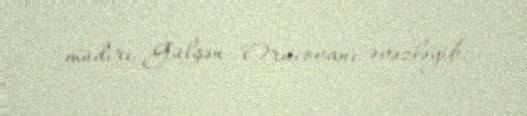
müdiri Gülşən Orucovanı əvəzləyib.